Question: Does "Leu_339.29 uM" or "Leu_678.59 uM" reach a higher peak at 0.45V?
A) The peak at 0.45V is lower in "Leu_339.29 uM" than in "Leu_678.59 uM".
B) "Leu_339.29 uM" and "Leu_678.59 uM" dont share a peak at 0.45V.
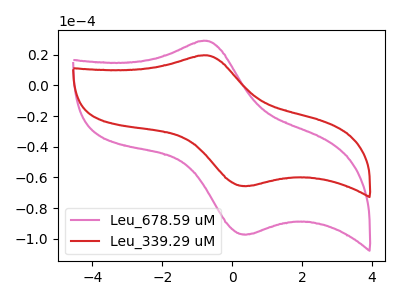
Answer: <think>The pink curve "Leu_678.59 uM" has an anodic peak at (-0.75V, 29.15uA) and a cathodic peak at (0.45V, -97.20uA). The red curve "Leu_339.29 uM" has an anodic peak at (-0.75V, 19.65uA) and a cathodic peak at (0.45V, -65.60uA).</think>
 <answer>A) The peak at 0.45V is lower in "Leu_339.29 uM" than in "Leu_678.59 uM".</answer>
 <eval>A</eval>